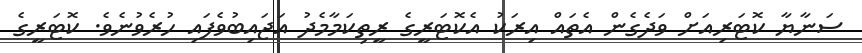
ސަނާޔާ ކޮޓަރިއަށް ވަދެގެން އެތައް އިރަކު އެކޮޓަރީގެ ރީތިކަމާމެދު އަޖައިބުވެފައި ހުރެވުނެވެ. ކޮޓަރީގެ